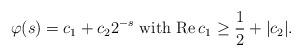
LaTeX: \begin{align*}\varphi(s)=c_1+c_{2}2^{-s} \hbox{\ with}\ {\rm Re}\, c_1\geq \frac{1}{2}+|c_2|.\end{align*}